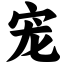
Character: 宠